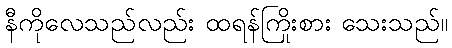
နီကိုလေသည်လည်း ထရန်ကြိုးစား သေးသည်။